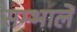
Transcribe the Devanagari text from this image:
सम्भालें